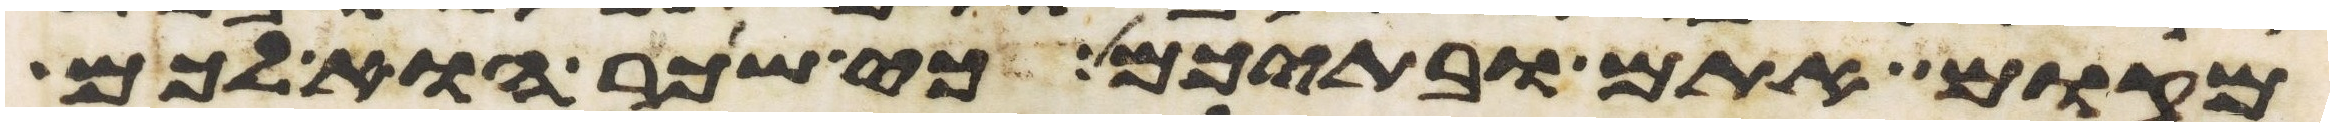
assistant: מקום אתם ובתיכם כי שכר הוא לכם